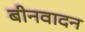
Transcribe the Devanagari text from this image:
बीनवादन